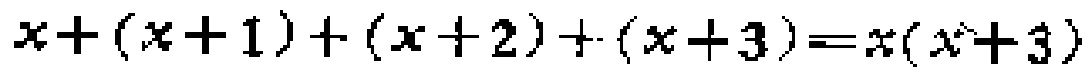
\(x+(x + 1)+(x + 2)+(x + 3)=x(x + 3)\)